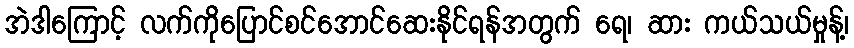
အဲဒါကြောင့် လက်ကိုပြောင်စင်အောင်ဆေးနိုင်ရန်အတွက် ရေ၊ ဆား ကယ်သယ်မှုန့်၊